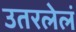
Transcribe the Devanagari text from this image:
उतरलेलं